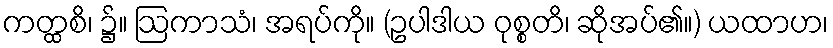
ကတ္ထစိ၊ ၌။ ဩကာသံ၊ အရပ်ကို။ (ဥပါဒါယ ဝုစ္စတိ၊ ဆိုအပ်၏။) ယထာဟ၊